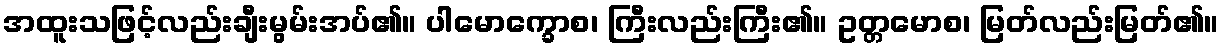
အထူးသဖြင့်လည်းချီးမွမ်းအပ်၏။ ပါမောက္ခောစ၊ ကြီးလည်းကြီး၏။ ဥတ္တမောစ၊ မြတ်လည်းမြတ်၏။